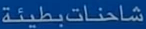
شاحناتبطيئة